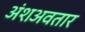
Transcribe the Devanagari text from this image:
अंशअवतार